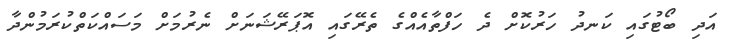
އަދި ބޯޓުގައި ކަނދު ހަރުކޮށް ދެ ހަފްތާއެއްގެ ތެރޭގައި އޮޕަރޭޝަނަށް ނެރުމަށް މަސައްކަތްކުރަމުންދާ